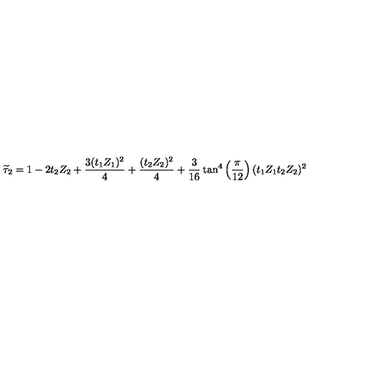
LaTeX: \widetilde { \tau } _ { 2 } = 1 - 2 t _ { 2 } Z _ { 2 } + \frac { 3 ( t _ { 1 } Z _ { 1 } ) ^ { 2 } } { 4 } + \frac { ( t _ { 2 } Z _ { 2 } ) ^ { 2 } } { 4 } + \frac { 3 } { 1 6 } \tan ^ { 4 } \left( \frac { \pi } { 1 2 } \right) ( t _ { 1 } Z _ { 1 } t _ { 2 } Z _ { 2 } ) ^ { 2 }